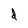
Character: d